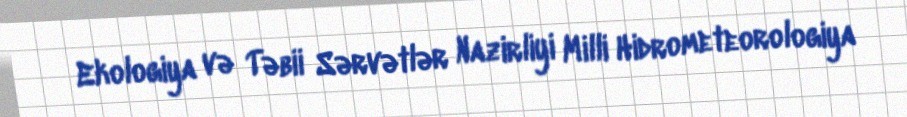
Ekologiya və Təbii Sərvətlər Nazirliyi Milli Hidrometeorologiya